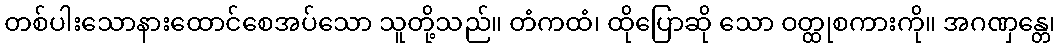
တစ်ပါးသောနားထောင်စေအပ်သော သူတို့သည်။ တံကထံ၊ ထိုပြောဆို သော ဝတ္ထုစကားကို။ အဂဏှန္တေ၊